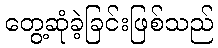
တွေ့ဆုံခဲ့ခြင်းဖြစ်သည်